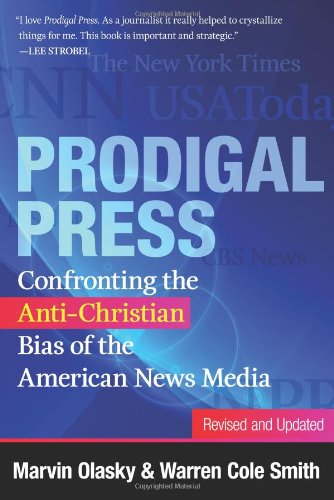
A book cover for Prodigal Press: Confronting the Anti-Christian Bias of the American News Media (Revised and Updated Edition); Marvin Olasky; Religion & Spirituality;